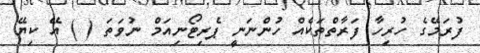
ފުރަމޭގެ ހުރިހާ ފަރާތްތަކެއް ހުންނަނީ ޕެރިޓޯނިއަމް ނުވަތަ ( ) އޭ ކިޔޭ